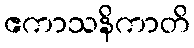
ဧကာသနိကာတိ